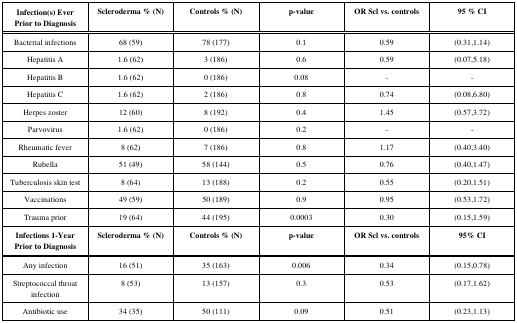
| Infection(s) Ever Prior to Diagnosis | Scleroderma % (N) | Controls % (N) | p-value | OR Scl vs. controls | 95 % CI |
 | --- | --- | --- | --- | --- | --- |
 | Bacterial infections | 68 (59) | 78 (177) | 0.1 | 0.59 | (0.31,1.14) |
 | Hepatitis A | 1.6 (62) | 3 (186) | 0.6 | 0.59 | (0.07,5.18) |
 | Hepatitis B | 1.6 (62) | 0 (186) | 0.08 | - | - |
 | Hepatitis C | 1.6 (62) | 2 (186) | 0.8 | 0.74 | (0.08,6.80) |
 | Herpes zoster | 12 (60) | 8 (192) | 0.4 | 1.45 | (0.57,3.72) |
 | Parvovirus | 1.6 (62) | 0 (186) | 0.2 | - | - |
 | Rheumatic fever | 8 (62) | 7 (186) | 0.8 | 1.17 | (0.40,3.40) |
 | Rubella | 51 (49) | 58 (144) | 0.5 | 0.76 | (0.40,1.47) |
 | Tuberculosis skin test | 8 (64) | 13 (188) | 0.2 | 0.55 | (0.20,1.51) |
 | Vaccinations | 49 (59) | 50 (189) | 0.9 | 0.95 | (0.53,1.72) |
 | Trauma prior | 19 (64) | 44 (195) | 0.0003 | 0.30 | (0.15,1.59) |
 | Infections 1-Year Prior to Diagnosis | Scleroderma % (N) | Controls % (N) | p-value | OR Scl vs. controls | 95% CI |
 | Any infection | 16 (51) | 35 (163) | 0.006 | 0.34 | (0.15,0.78) |
 | Streptococcal throat infection | 8 (53) | 13 (157) | 0.3 | 0.53 | (0.17,1.62) |
 | Antibiotic use | 34 (35) | 50 (111) | 0.09 | 0.51 | (0.23,1.13) |